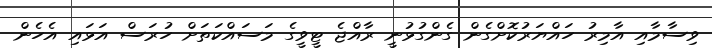
ވިސާމާއި އާމިރު ހައްޔަރުކޮށްގެން ގެންގުޅުނީ ރާއްޖެ ޓީވީގެ މަސައްކަތަށް ހުރަސް އަޅައި އެހެން